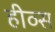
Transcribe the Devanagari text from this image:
हीव्स